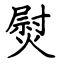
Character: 熨